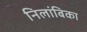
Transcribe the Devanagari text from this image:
निलांबिका